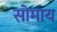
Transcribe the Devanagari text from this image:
सोमाय